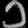
Digit: ၁